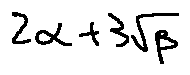
2 \alpha + 3 \sqrt { \beta }